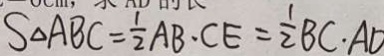
S \Delta A B C = \frac { 1 } { 2 } A B \cdot C E = \frac { 1 } { 2 } B C \cdot A D